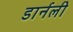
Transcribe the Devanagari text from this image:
डार्नली